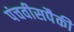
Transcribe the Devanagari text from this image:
पंचवीसपैकी